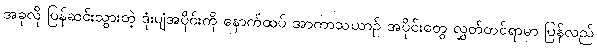
အခုလို ပြန်ဆင်းသွားတဲ့ ဒုံးပျံအပိုင်းကို နောက်ထပ် အာကာသယာဉ် အပိုင်းတွေ လွှတ်တင်ရာမှာ ပြန်လည်